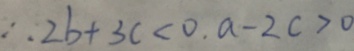
\therefore 2 b + 3 c < 0 , a - 2 c > 0